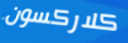
كلاركسون